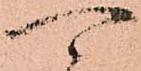
可